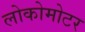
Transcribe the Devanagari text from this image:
लोकोमोटर